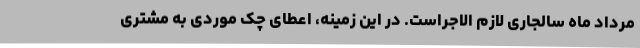
مرداد ماه سالجاری لازم الاجراست. در این زمینه، اعطای چک موردی به مشتری